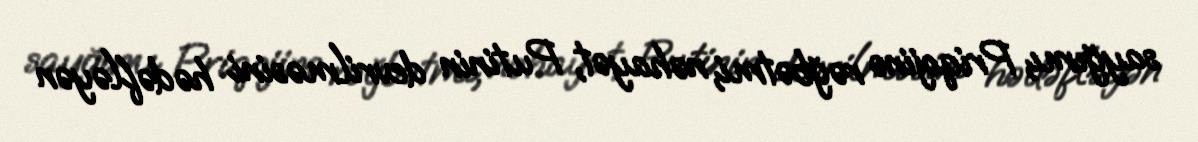
sayğımı, Priqojinə rəğbətmi, nəhayət, Putinin devrilməsini hədəfləyən